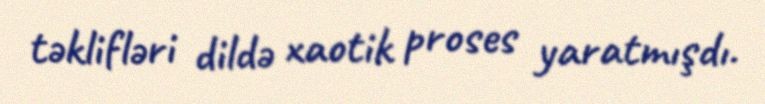
təklifləri dildə xaotik proses yaratmışdı.